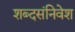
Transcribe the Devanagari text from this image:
शब्दसंनिवेश